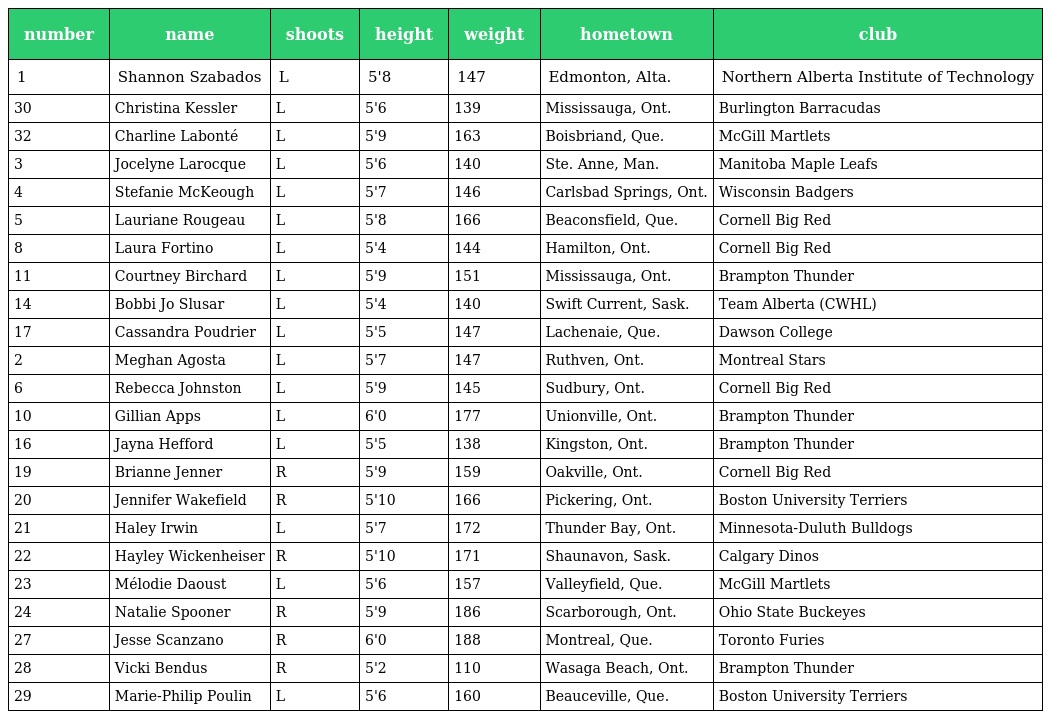
| number | name | shoots | height | weight | hometown | club |
 | --- | --- | --- | --- | --- | --- | --- |
 | 1 | Shannon Szabados | L | 5'8 | 147 | Edmonton, Alta. | Northern Alberta Institute of Technology |
 | 30 | Christina Kessler | L | 5'6 | 139 | Mississauga, Ont. | Burlington Barracudas |
 | 32 | Charline Labonté | L | 5'9 | 163 | Boisbriand, Que. | McGill Martlets |
 | 3 | Jocelyne Larocque | L | 5'6 | 140 | Ste. Anne, Man. | Manitoba Maple Leafs |
 | 4 | Stefanie McKeough | L | 5'7 | 146 | Carlsbad Springs, Ont. | Wisconsin Badgers |
 | 5 | Lauriane Rougeau | L | 5'8 | 166 | Beaconsfield, Que. | Cornell Big Red |
 | 8 | Laura Fortino | L | 5'4 | 144 | Hamilton, Ont. | Cornell Big Red |
 | 11 | Courtney Birchard | L | 5'9 | 151 | Mississauga, Ont. | Brampton Thunder |
 | 14 | Bobbi Jo Slusar | L | 5'4 | 140 | Swift Current, Sask. | Team Alberta (CWHL) |
 | 17 | Cassandra Poudrier | L | 5'5 | 147 | Lachenaie, Que. | Dawson College |
 | 2 | Meghan Agosta | L | 5'7 | 147 | Ruthven, Ont. | Montreal Stars |
 | 6 | Rebecca Johnston | L | 5'9 | 145 | Sudbury, Ont. | Cornell Big Red |
 | 10 | Gillian Apps | L | 6'0 | 177 | Unionville, Ont. | Brampton Thunder |
 | 16 | Jayna Hefford | L | 5'5 | 138 | Kingston, Ont. | Brampton Thunder |
 | 19 | Brianne Jenner | R | 5'9 | 159 | Oakville, Ont. | Cornell Big Red |
 | 20 | Jennifer Wakefield | R | 5'10 | 166 | Pickering, Ont. | Boston University Terriers |
 | 21 | Haley Irwin | L | 5'7 | 172 | Thunder Bay, Ont. | Minnesota-Duluth Bulldogs |
 | 22 | Hayley Wickenheiser | R | 5'10 | 171 | Shaunavon, Sask. | Calgary Dinos |
 | 23 | Mélodie Daoust | L | 5'6 | 157 | Valleyfield, Que. | McGill Martlets |
 | 24 | Natalie Spooner | R | 5'9 | 186 | Scarborough, Ont. | Ohio State Buckeyes |
 | 27 | Jesse Scanzano | R | 6'0 | 188 | Montreal, Que. | Toronto Furies |
 | 28 | Vicki Bendus | R | 5'2 | 110 | Wasaga Beach, Ont. | Brampton Thunder |
 | 29 | Marie-Philip Poulin | L | 5'6 | 160 | Beauceville, Que. | Boston University Terriers |